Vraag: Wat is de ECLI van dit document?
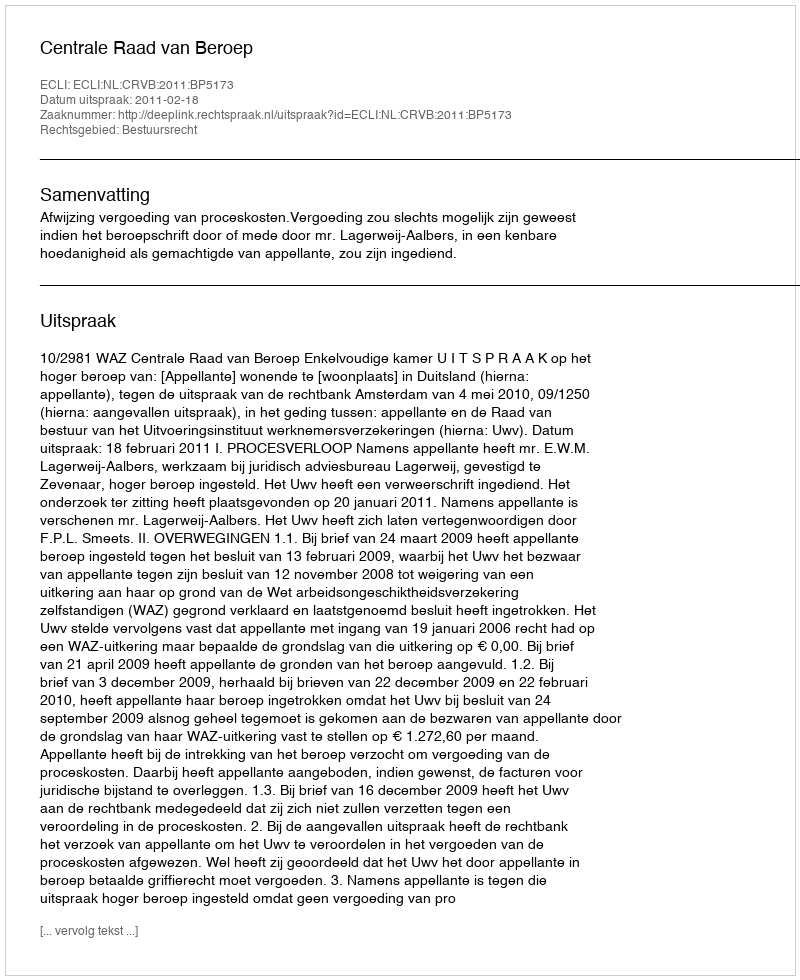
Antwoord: ECLI:NL:CRVB:2011:BP5173